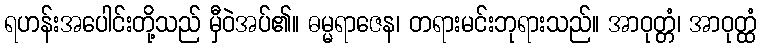
ရဟန်းအပေါင်းတို့သည် မှီဝဲအပ်၏။ ဓမ္မရာဇေန၊ တရားမင်းဘုရားသည်။ အာဝုတ္တံ၊ အာဝုတ္ထံ